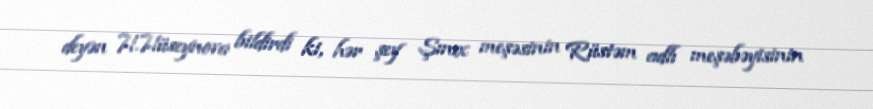
deyən H.Hüseynova bildirdi ki, hər şey Şınıx meşəsinin Rüstəm adlı meşəbəyisinin